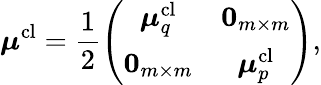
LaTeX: \boldsymbol{\mu}^{\mathrm{cl}}=\frac{1}{2}\left(\begin{array}{cc}{\boldsymbol{\mu}_{q}^{\mathrm{cl}}}&{\boldsymbol{0}_{m\times m}}\\ {\boldsymbol{0}_{m\times m}}&{\boldsymbol{\mu}_{p}^{\mathrm{cl}}}\end{array}\right),